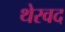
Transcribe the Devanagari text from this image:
थेरवद